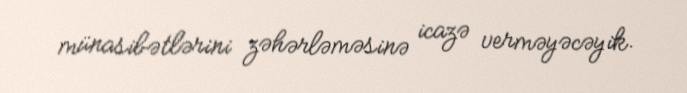
münasibətlərini zəhərləməsinə icazə verməyəcəyik.